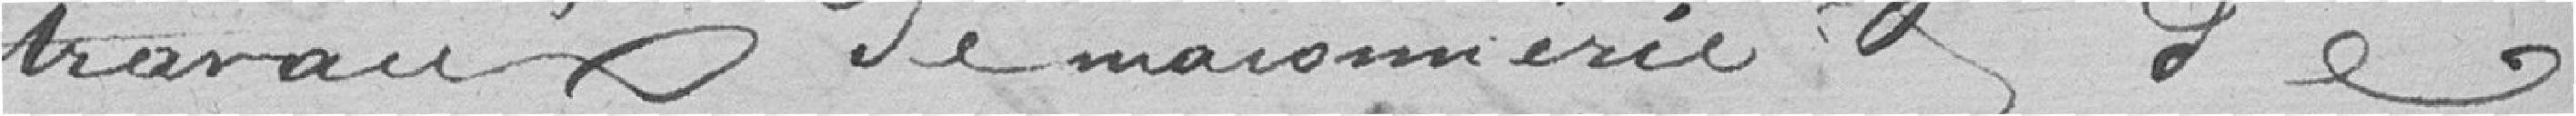
travaux de maçonnerie et de